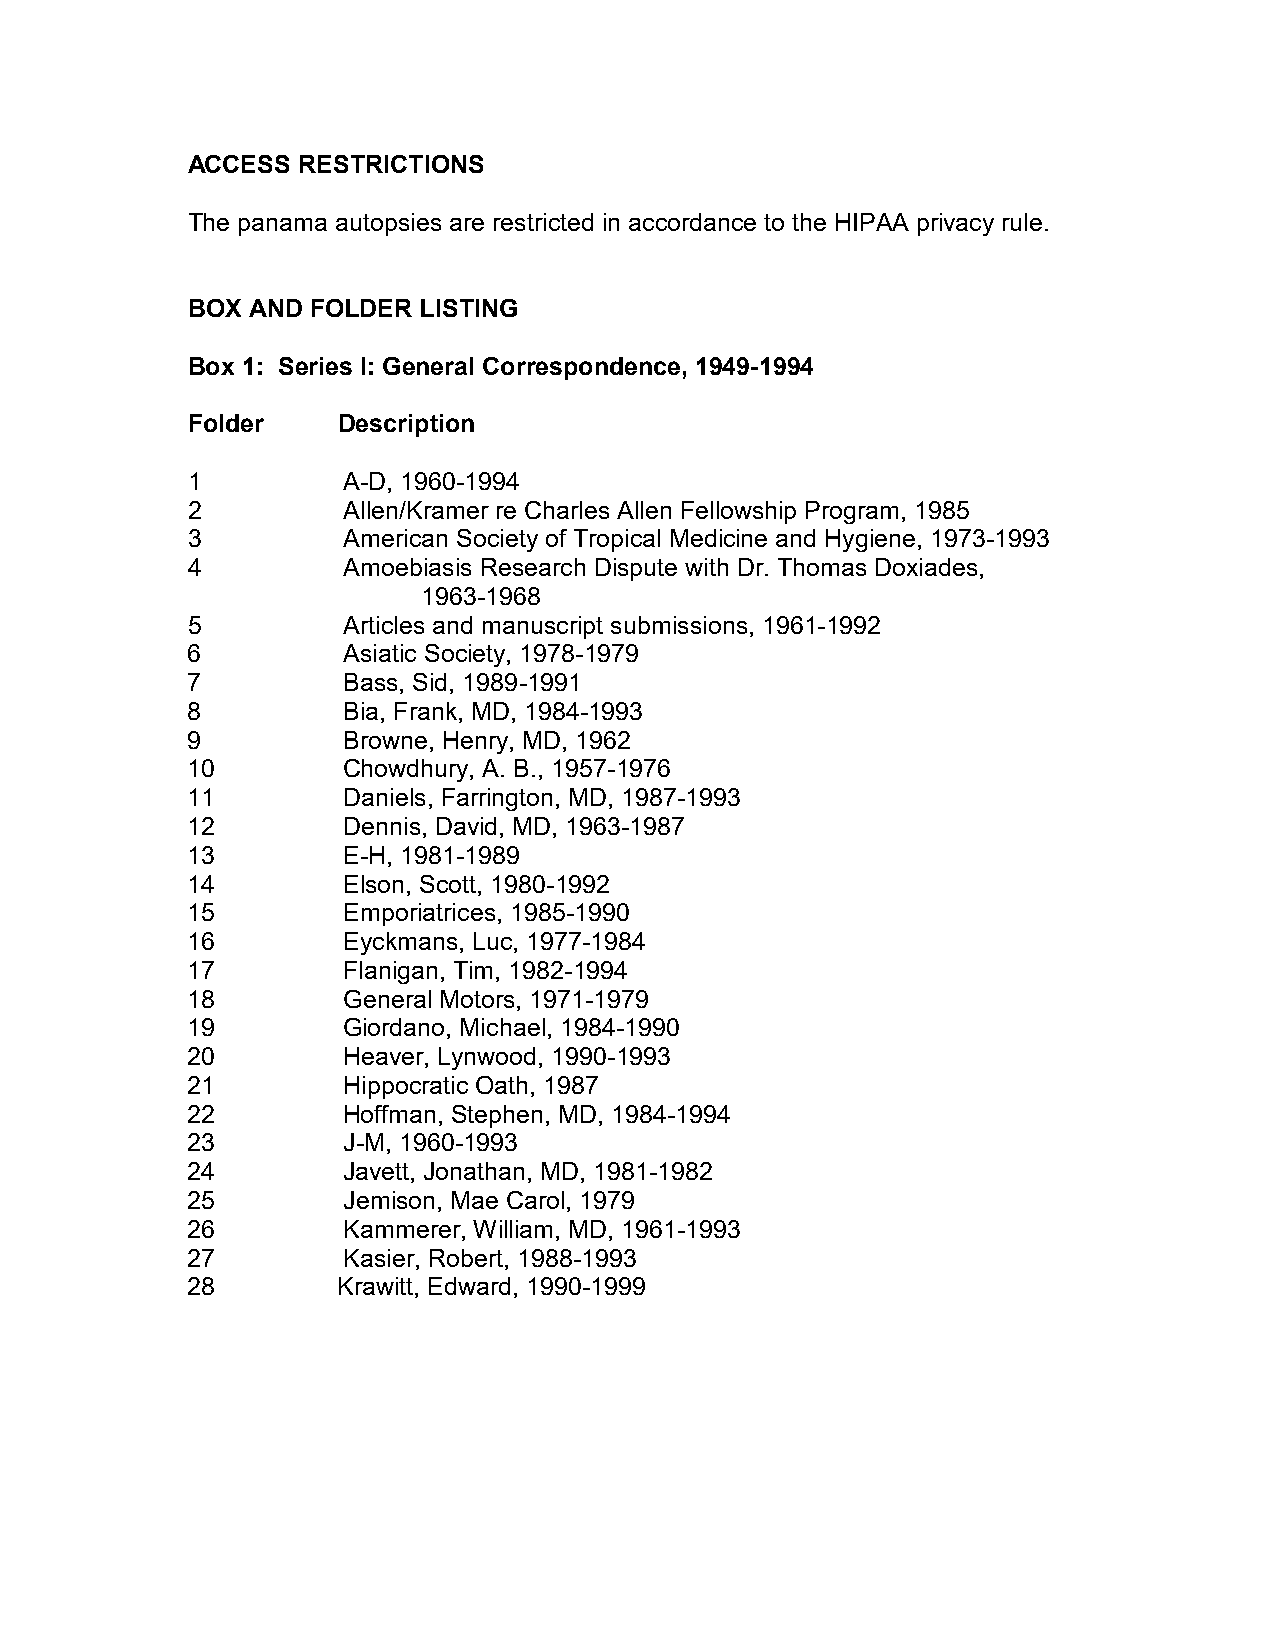
ACCESS  RESTRICTIONS
 The panama autopsies are restricted in accordance to the HIPAA privacy rule.
 BOX AND FOLDER  LISTING
 Box 1: Series I: General Correspondence, 1949-1994
 Folder    Description
 1          A-D, 1960-1994
 2          Allen/Kramer re Charles Allen Fellowship Program, 1985
 3          American Society of Tropical Medicine and Hygiene, 1973-1993
 4          Amoebiasis Research Dispute with Dr. Thomas Doxiades,
 1963-1968
 5          Articles and manuscript submissions, 1961-1992
 6          Asiatic Society, 1978-1979
 7          Bass, Sid, 1989-1991
 8          Bia, Frank, MD, 1984-1993
 9          Browne, Henry, MD, 1962
 10         Chowdhury, A. B., 1957-1976
 11         Daniels, Farrington, MD, 1987-1993
 12         Dennis, David, MD, 1963-1987
 13         E-H, 1981-1989
 14         Elson, Scott, 1980-1992
 15         Emporiatrices, 1985-1990
 16         Eyckmans, Luc, 1977-1984
 17         Flanigan, Tim, 1982-1994
 18         General Motors, 1971-1979
 19         Giordano, Michael, 1984-1990
 20         Heaver, Lynwood, 1990-1993
 21         Hippocratic Oath, 1987
 22         Hoffman, Stephen, MD, 1984-1994
 23         J-M, 1960-1993
 24         Javett, Jonathan, MD, 1981-1982
 25         Jemison, Mae Carol, 1979
 26         Kammerer, William, MD, 1961-1993
 27         Kasier, Robert, 1988-1993
 28        Krawitt, Edward, 1990-1999